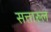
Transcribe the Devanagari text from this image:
सत्तारुल